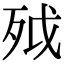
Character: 𣧡